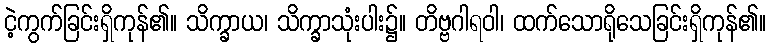
ငဲ့ကွက်ခြင်းရှိကုန်၏။ သိက္ခာယ၊ သိက္ခာသုံးပါး၌။ တိဗ္ဗဂါရဝါ၊ ထက်သောရိုသေခြင်းရှိကုန်၏။